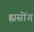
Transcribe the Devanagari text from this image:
ह्वासोंग